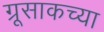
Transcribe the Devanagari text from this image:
ग्रूसाकच्या